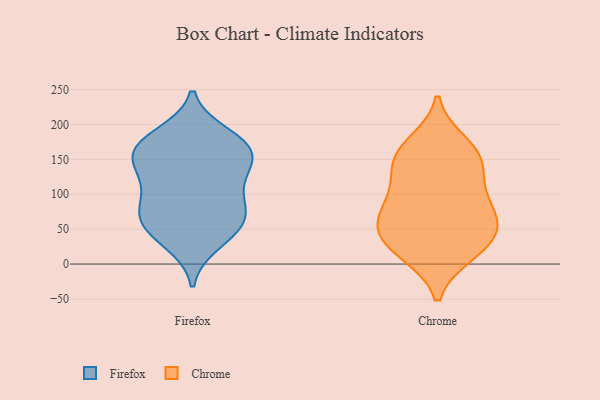
{"axis": {"x": "Inventory Turnover", "y": "Value"}, "legend": ["Chrome", "Firefox"], "data": [{"x": "", "y": 161, "type": "Firefox"}, {"x": "", "y": 136, "type": "Firefox"}, {"x": "", "y": 107, "type": "Firefox"}, {"x": "", "y": 185, "type": "Firefox"}, {"x": "", "y": 179, "type": "Firefox"}, {"x": "", "y": 158, "type": "Firefox"}, {"x": "", "y": 51, "type": "Firefox"}, {"x": "", "y": 68, "type": "Firefox"}, {"x": "", "y": 69, "type": "Firefox"}, {"x": "", "y": 76, "type": "Firefox"}, {"x": "", "y": 43, "type": "Firefox"}, {"x": "", "y": 170, "type": "Firefox"}, {"x": "", "y": 139, "type": "Firefox"}, {"x": "", "y": 117, "type": "Firefox"}, {"x": "", "y": 80, "type": "Firefox"}, {"x": "", "y": 30, "type": "Firefox"}, {"x": "", "y": 161, "type": "Firefox"}, {"x": "", "y": 45, "type": "Chrome"}, {"x": "", "y": 106, "type": "Chrome"}, {"x": "", "y": 152, "type": "Chrome"}, {"x": "", "y": 68, "type": "Chrome"}, {"x": "", "y": 15, "type": "Chrome"}, {"x": "", "y": 173, "type": "Chrome"}, {"x": "", "y": 131, "type": "Chrome"}, {"x": "", "y": 162, "type": "Chrome"}, {"x": "", "y": 57, "type": "Chrome"}, {"x": "", "y": 47, "type": "Chrome"}, {"x": "", "y": 15, "type": "Chrome"}, {"x": "", "y": 90, "type": "Chrome"}, {"x": "", "y": 30, "type": "Chrome"}, {"x": "", "y": 147, "type": "Chrome"}, {"x": "", "y": 78, "type": "Chrome"}]}